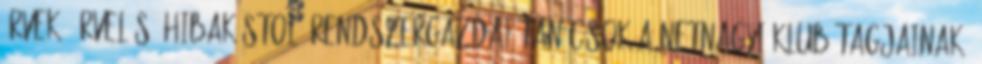
Érvek, érvelés. Hibakóstoló Rendszergazdai tanácsok a NetNagyi Klub tagjainak.